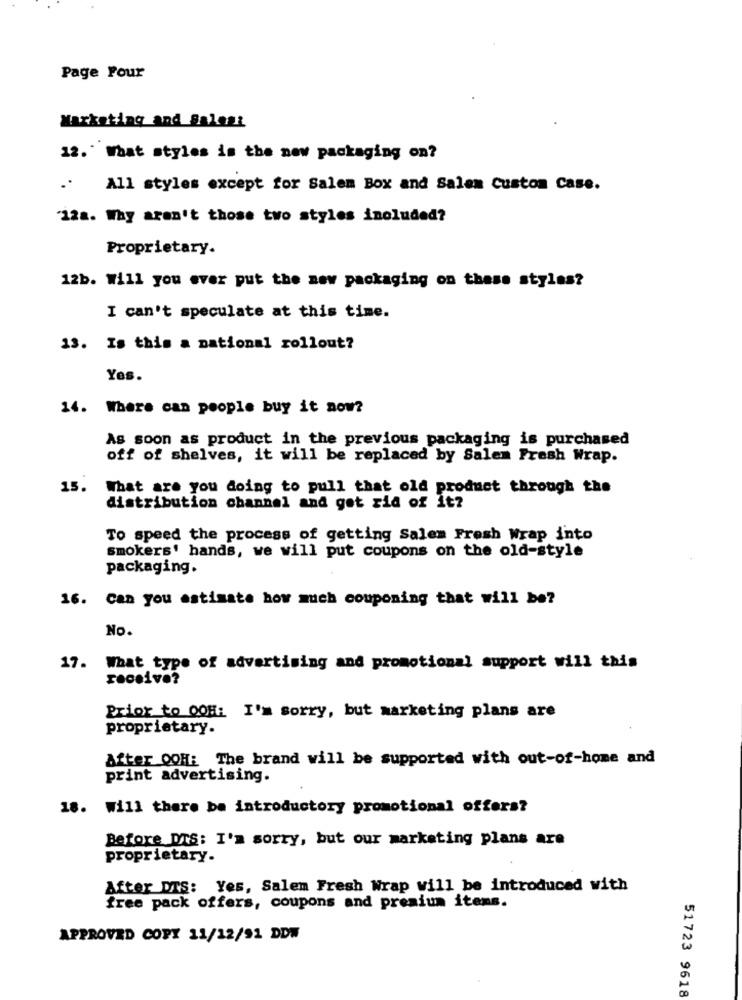
Page Pour
Marketing and Sales:
12. What styles is the new packaging on?
..
All styles except for Salem Box and Salem Custom Case.
12a. Why aren't those two styles included?
Proprietary.
12b. Will you ever put the new packaging on these styles?
I can't speculate at this time.
13. Is this a national rollout?
Yes.
14. Where can people buy it now?
As soon as product in the previous packaging is purchased
off of shelves, it will be replaced by Salem Fresh Wrap.
15.
What are you doing to pull that old product through the
distribution channel and get rid of it?
To speed the process of getting Salem Fresh Wrap into
smokers' hands, we will put coupons on the old-style
packaging.
16. Can you estimate how much couponing that will be?
No.
17. What type of advertising and promotional support will this
receive?
Prior to OOH: I'm sorry, but marketing plans are
proprietary.
After QQH: The brand will be supported with out-of-home and
print advertising.
18. Will there be introductory promotional offers?
Before DTS: I'm sorry, but our marketing plans are
proprietary.
After DTS: Yes, Salem Fresh Wrap will be introduced with
free pack offers, coupons and premium items.
APPROVED COPY 11/12/91 DDW
51723 9618